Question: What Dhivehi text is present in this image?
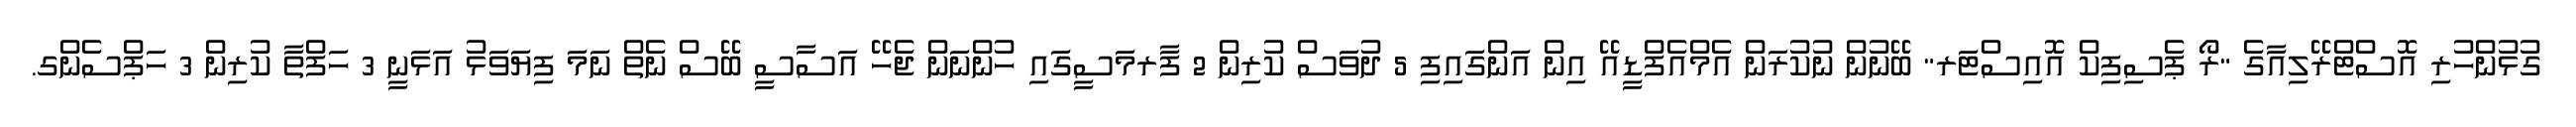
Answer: ގުޅުންހުރި އޮސްޓްރޭލިއާގެ "ރޯ ޕެސިފިކް އޮއިސްޓަރ" ބޭނުން ނުކުރަން އެމްއެފްޑީއޭ އިން އަންގައިފި 5 ދުވަސް ކުރިން 2 ފާރމަސީގައި ހުންނަން ޖެހޭ އަސާސީ ބޭސް ނެތް ނަމަ ފިޔަވަޅު އަޅަނީ 3 ހަފްތާ ކުރިން 3 ހަޕްސެންގ.